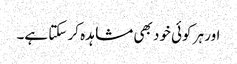
اور ہر کوئی خود بھی مشاہدہ کر سکتا ہے۔